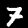
Label: 7